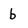
Character: b